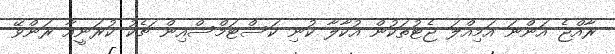
ރާއްޖެ އަންނަ އަމިއްލަ ޖެޓުތަކުން އުކާލާ ކުނި ކަސްޓަމްސްއިން ޗެކު ކުރަނީއާ ރަންވޭ